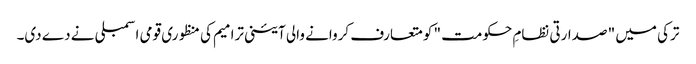
ترکی میں " صدارتی نظامِ حکومت " کو متعارف کروانے والی آئینی ترامیم کی منظوری قومی اسمبلی نے دے دی۔